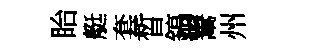
眙艇套晳鎬鬻州